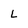
Character: l